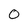
Character: 0